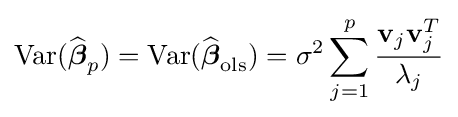
\operatorname {Var} ({\widehat {\boldsymbol {\beta }}}_{p})=\operatorname {Var} ({\widehat {\boldsymbol {\beta }}}_{\mathrm {ols} })=\sigma ^{2}\sideset {}{}\sum _{j=1}^{p}{\frac {\mathbf {v} _{j}\mathbf {v} _{j}^{T}}{\lambda _{j}}}